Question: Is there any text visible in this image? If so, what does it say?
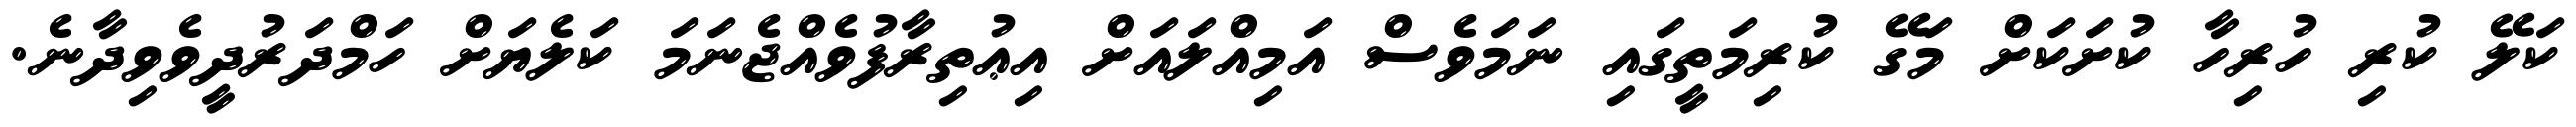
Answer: ކަލޭ ކުރި ހުރިހާ ކުށަކަށް މަގޭ ކުރިމަތީގައި ނަމަވެސް އަމިއްލައަށް އިޢުތިރާފުވެއްޖެނަމަ ކަލެޔަށް ހަމްދަރުދީވެވިދާނެ.